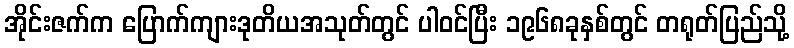
အိုင်းဇက်က ပြောက်ကျားဒုတိယအသုတ်တွင် ပါဝင်ပြီး ၁၉၆၈ခုနှစ်တွင် တရုတ်ပြည်သို့